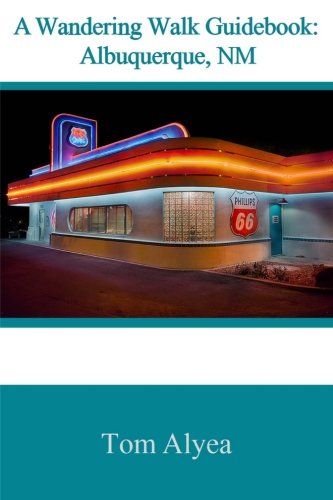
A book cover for A Wandering Walk Guidebook: Albuquerque, NM; Tom Alyea; Travel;